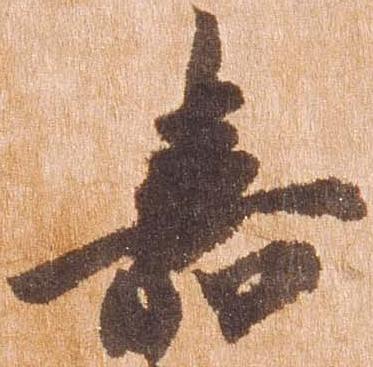
嘉